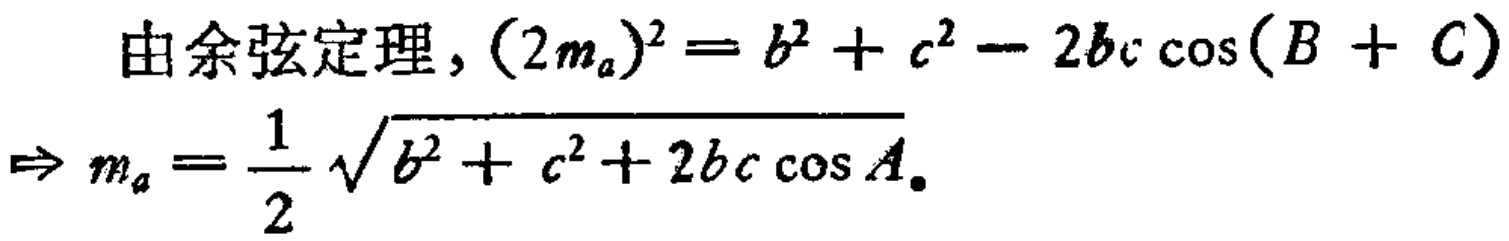
由余弦定理, \((2m_{a})^{2}=b^{2}+c^{2}-2bc\cos(B + C)\)
\(\Rightarrow m_{a}=\frac{1}{2}\sqrt{b^{2}+c^{2}+2bc\cos A}\)